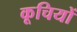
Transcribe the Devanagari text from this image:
कूचियों